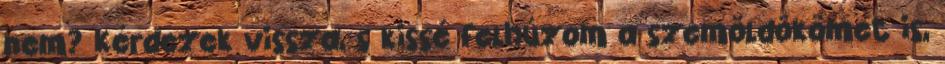
nem? Kérdezek vissza, s kissé felhúzom a szemöldökömet is,